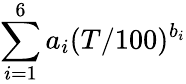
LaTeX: \sum_{i=1}^{6}a_{i}(T/100)^{b_{i}}